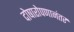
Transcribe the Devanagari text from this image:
दोषारोपणानंतर